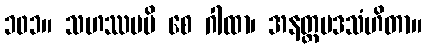
၁၀၁။ သဟဿမပိ စေ ဂါထာ၊ အနတ္ထပဒသံဟိတာ။